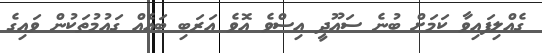
ގެއްލިފައިވާ ކަމަށް ބުނެ ސައޫދީ އިސްވެ އޮވެ އަރަބި ބައެއް ގައުމުތަކުން ވައިގެ